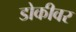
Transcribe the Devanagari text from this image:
डोकीवर